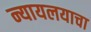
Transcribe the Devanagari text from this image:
न्यायलयाचा